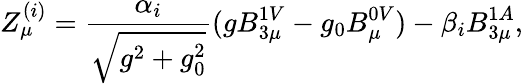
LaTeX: Z_{\mu}^{(i)}=\frac{\alpha_{i}}{\sqrt{g^{2}+g_{0}^{2}}}(gB_{3\mu}^{1V}-g_{0}B_{\mu}^{0V})-\beta_{i}B_{3\mu}^{1A},